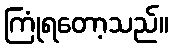
ကြုံရတော့သည်။